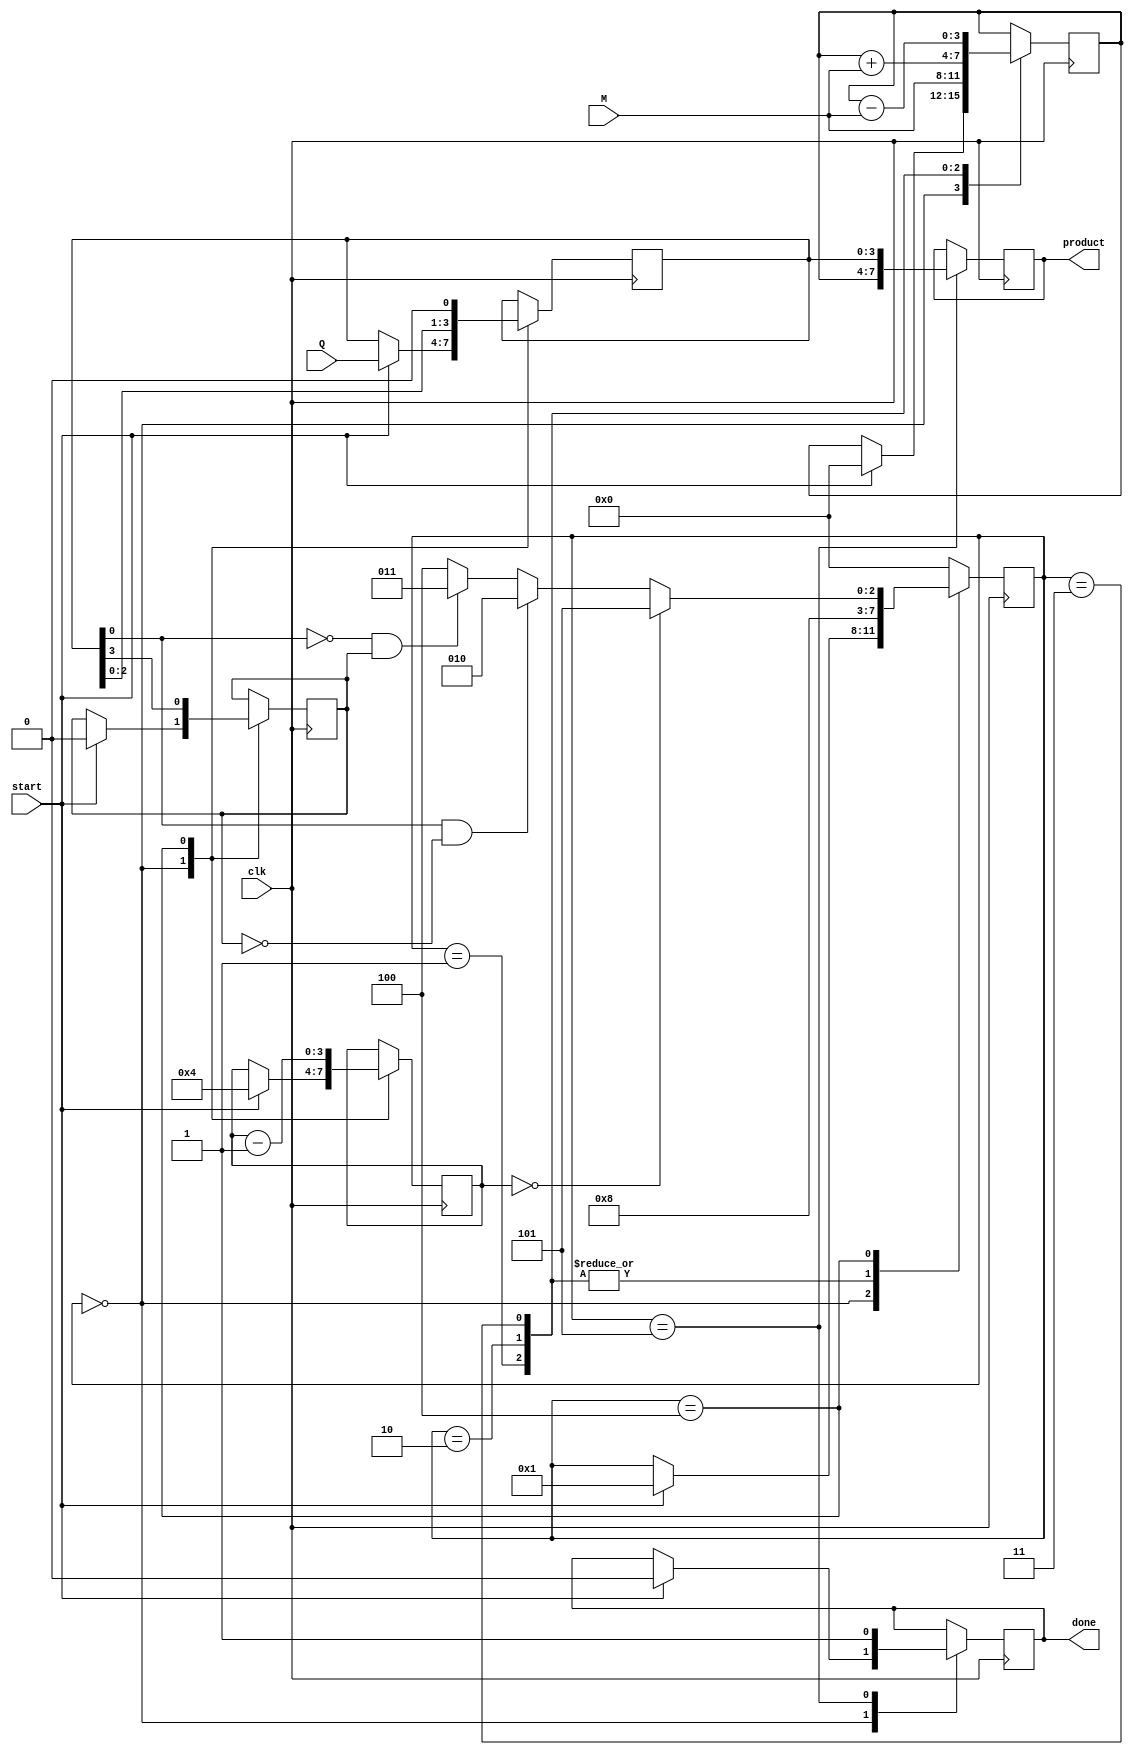
module booth_multiplier #(parameter N = 4) (
    input wire clk,
    input wire start,
    input wire [N-1:0] M, // Multiplicand
    input wire [N-1:0] Q, // Multiplier
    output reg [2*N-1:0] product, // Final product
    output reg done // Signal to indicate multiplication completion
);

    reg [N-1:0] A; // Accumulator
    reg [N-1:0] Q_reg; // Multiplier register
    reg Q_1; // Previous LSB of Q
    reg [3:0] state; // FSM state
    reg [3:0] count; // Bit counter

    // State encoding
    localparam IDLE = 4'b0000,
               LOAD = 4'b0001,
               ADD = 4'b0010,
               SUB = 4'b0011,
               SHIFT = 4'b0100,
               DONE = 4'b0101;

    // Initial values
    initial begin
        A = 0;
        Q_reg = 0;
        Q_1 = 0;
        product = 0;
        done = 0;
        state = IDLE;
        count = 0;
    end

    // FSM to control the Booth multiplication process
    always @(posedge clk) begin
        case (state)
            IDLE: begin
                if (start) begin
                    A <= 0;
                    Q_reg <= Q;
                    Q_1 <= 0;
                    count <= N;
                    state <= LOAD;
                    done <= 0;
                end
            end

            LOAD: begin
                A <= M; // Load the multiplicand into A
                state <= SHIFT;
            end

            ADD: begin
                A <= A + M; // Perform A = A + M
                state <= SHIFT;
            end

            SUB: begin
                A <= A - M; // Perform A = A - M
                state <= SHIFT;
            end

            SHIFT: begin
                // Perform right arithmetic shift
                {A, Q_reg} <= {A[N-1], A, Q_reg}; // Concatenate A and Q_reg, shift right
                Q_1 <= Q_reg[N-1]; // Update Q-1 with the old LSB of Q
                Q_reg <= {Q_reg[N-2:0], 1'b0}; // Shift Q right, LSB becomes 0
                count <= count - 1;

                if (count == 0) begin
                    state <= DONE; // Transition to DONE state
                end else begin
                    // Determine next state based on Q[0] and Q_1
                    if (Q_reg[0] == 1 && Q_1 == 0) begin
                        state <= ADD; // A = A + M
                    end else if (Q_reg[0] == 0 && Q_1 == 1) begin
                        state <= SUB; // A = A - M
                    end else begin
                        state <= SHIFT; // No operation
                    end
                end
            end

            DONE: begin
                product <= {A, Q_reg}; // Combine A and Q_reg for final product
                done <= 1; // Set done signal
                state <= IDLE; // Reset to IDLE state
            end

            default: state <= IDLE; // Default case
        endcase
    end
endmodule